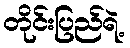
တိုင်းပြည်ရဲ့